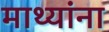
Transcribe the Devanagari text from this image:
माथ्यांना